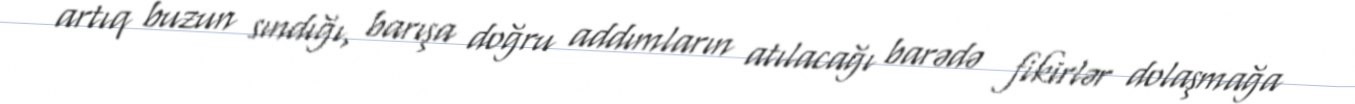
artıq buzun sındığı, barışa doğru addımların atılacağı barədə fikirlər dolaşmağa